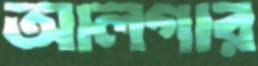
আলগার